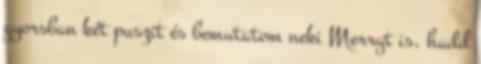
gyorsban két puszit és bemutatom neki Merryt is, hadd